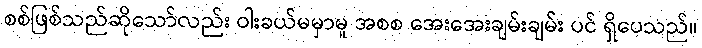
စစ်ဖြစ်သည်ဆိုသော်လည်း ဝါးခယ်မမှာမူ အစစ အေးအေးချမ်းချမ်း ပင် ရှိပေသည်။